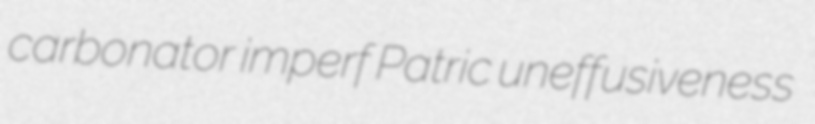
carbonator imperf Patric uneffusiveness